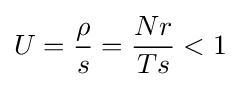
U={\frac {\rho }{s}}={\frac {Nr}{Ts}}<1